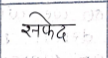
मजकूर: सफेद